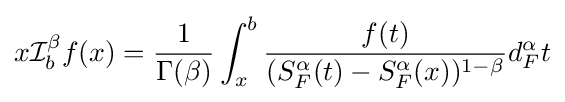
{x}{\mathcal {I}}_{b}^{\beta }f(x)={\frac {1}{\Gamma (\beta )}}\int _{x}^{b}{\frac {f(t)}{(S_{F}^{\alpha }(t)-S_{F}^{\alpha }(x))^{1-\beta }}}d_{F}^{\alpha }t